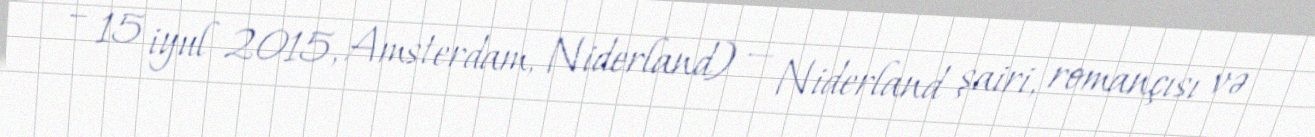
– 15 iyul 2015, Amsterdam, Niderland) — Niderland şairi, romançısı və